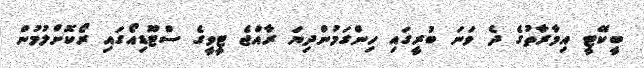
ބީކޭޓީ އިމާރާތުގެ ދެ ވަނަ ބުރީގައި ހިންގަމުންދިޔަ ރާއްޖެ ޓީވީގެ ސްޓޫޑިއޯގައި ރޯކޮށްލުމުން